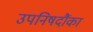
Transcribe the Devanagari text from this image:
उपनिषदौंका